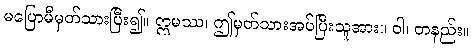
မပြောမီမှတ်သားပြီး၍။ ဣမဿ၊ ဤမှတ်သားအပ်ပြီးသူအား။ ဝါ၊ တနည်း။